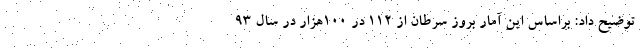
توضیح داد: براساس این آمار بروز سرطان از 112 در 100هزار در سال 93